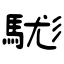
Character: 駹